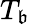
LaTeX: T_{\mathfrak{b}}